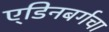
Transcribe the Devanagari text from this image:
ए्डिनबर्गचा